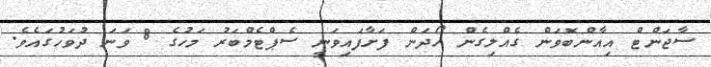
ސާޖަންޓް އިއާންބޮވަން ގެއްލިގެން ހޯދަން ފަށާފައިވަނީ ސެޕްޓެމްބަރު މަހުގެ 8 ވަނަ ދުވަހުގައެވެ.